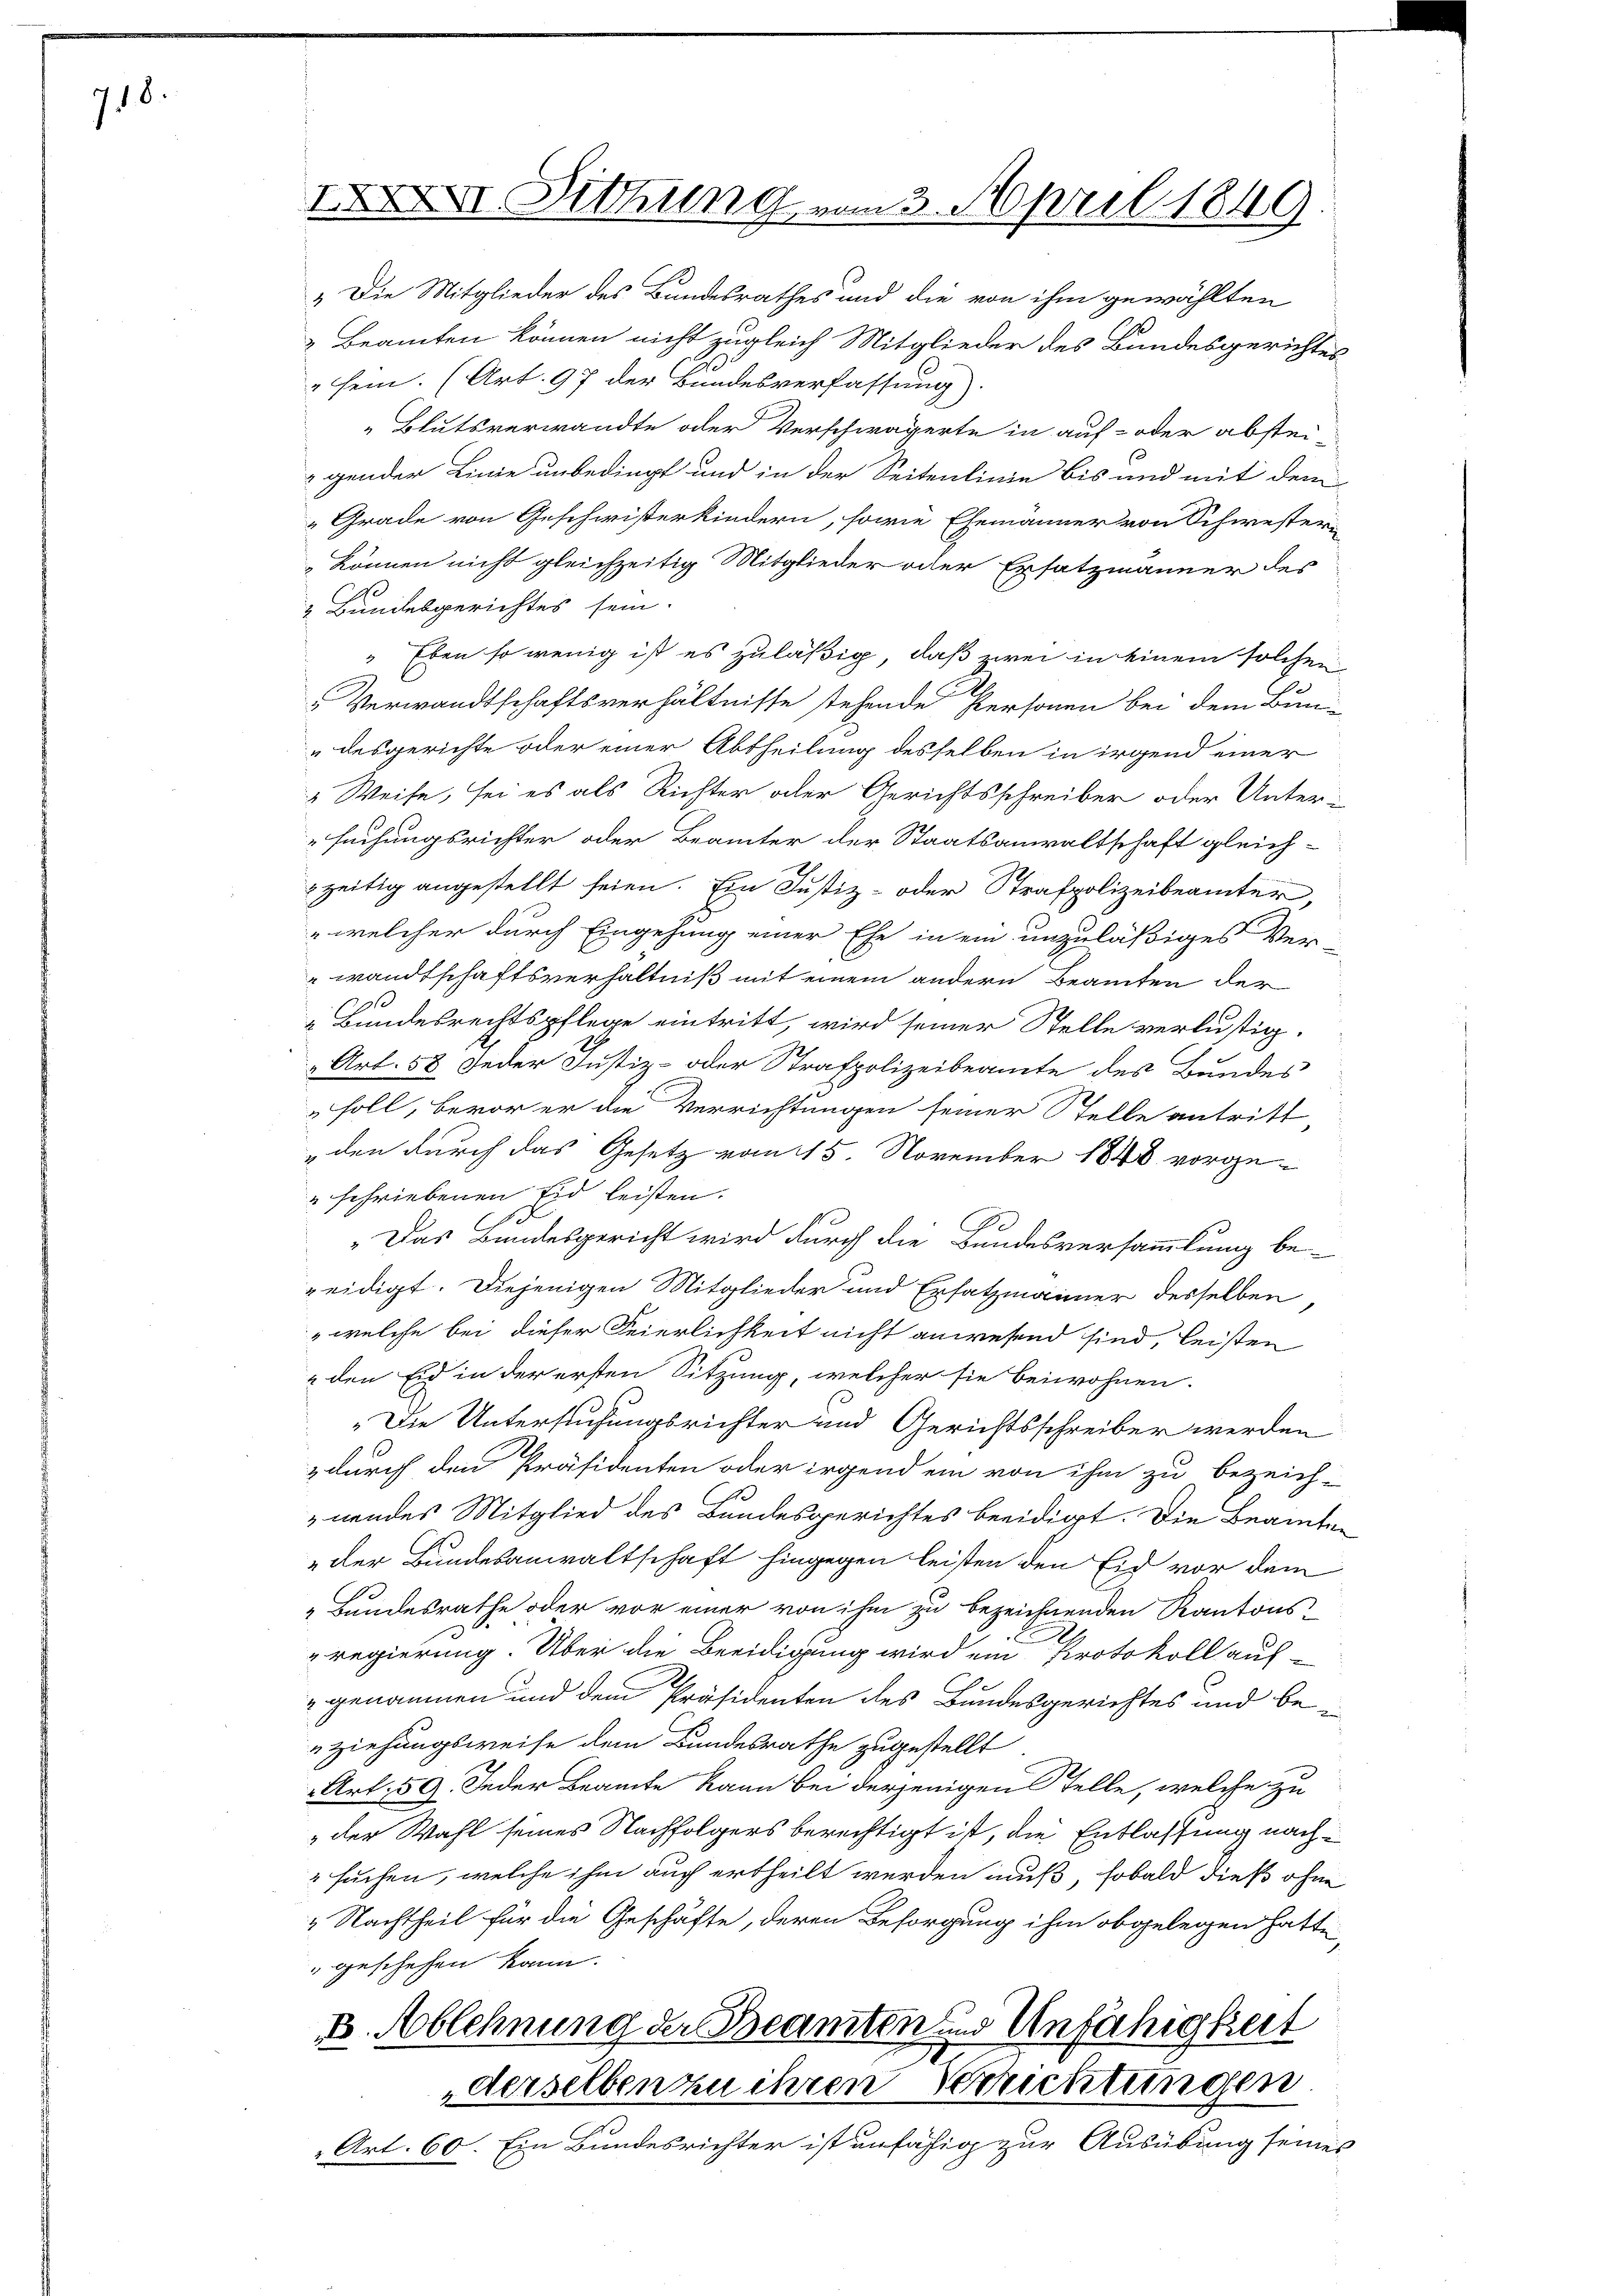
718.

„Beamten können nicht zugleich Mitglieder des Bundesgerichtes
" sein. (Art. 97 der Bundesverfassung).
„Blutsverwandte oder Verschwägerte in auf- oder abstei-
gender Linie unbedingt und in der Seitenlinie bis und mit dem
Grade von Geschwisterkindern, sowie Ehemänner von Schwesterkönnen nicht gleichzeitig Mitglieder oder Ersatzmänner der
& Bundesgerichtes sein.
" Eben so wenig ist es zuläßig, daß zwei in einem solchen
Verwandtschaftsverhältnisse stehende Personen bei dem Bun-
desgerichte oder einer Abtheilung desselben in irgend einer
Weise, sei es als Richter oder Gerichtsschreiber oder Unter-
suchungsrichter oder Beamter der Staatsanwaltschaft gleich-
zzeitig angestellt seien. Ein Justiz- oder Strafpolizeibeamter,
 welcher durch Eingehung einer Ehe in ein unzuläßiges Ver-
wandtschaftsverhältniß mit einem andern Beamten der
„Bundesrechtspflege eintritt, wird seiner Stelle verlustig.
Art. 58 Jeder Justiz- oder Strafpolizeibeamte des Bundes
soll, bevor er die Verrichtungen seiner Stelle antritt
den durch das Gesetz vom 15. November 1848 vorge¬
"schriebenen Eid leisten.
„Das Bundesgericht wird durch die Bundesversammlung be-
zeidigt. Diejenigen Mitglieder und Ersatzmänner desselben,
" welche bei dieser Feierlichkeit nicht anwesend sind, leisten
 den Eid in der ersten Sitzung, welcher sie beiwohnen.
„Die Untersuchungsrichter und Gerichtsschreiber werden
z durch den Präsidenten oder irgend ein von ihm zu bezeich-
nendes Mitglied des Bundesgerichtes beeidigt. Die Beamten
„der Bundesanwaltschaft hingegen leisten den Eid vor dem
„Bundesrathe oder vor einer von ihm zu bezeichnenden Kantons-
regierung. Über die Beeidigung wird ein Protokoll auf-
genommen und dem Präsidenten des Bundesgerichtes und beziehungsweise dem Bundesrathe zugestellt
Art. 59. Jeder Beamte kann bei derjenigen Stelle, welche zu
" der Wahl seines Nachfolgers berechtigt ist, die Entlassung nachsuchen, welche ihm auch ertheilt werden muß, sobald dieß ohne
 Nachtheil für die Geschäfte, deren Besorgung ihm obgelegen hatte
"geschehen kann.
e. Ablehnung der Beamten zu Unfähigkeit
derselben zu ihren Verrichtungen.
Art. 60. Ein Bundesrichter ist unfähig zur Ausübung seines

XII. Sitzung vom 3. April 1849
„Die Mitglieder des Bundesrathes und die von ihm gewählten